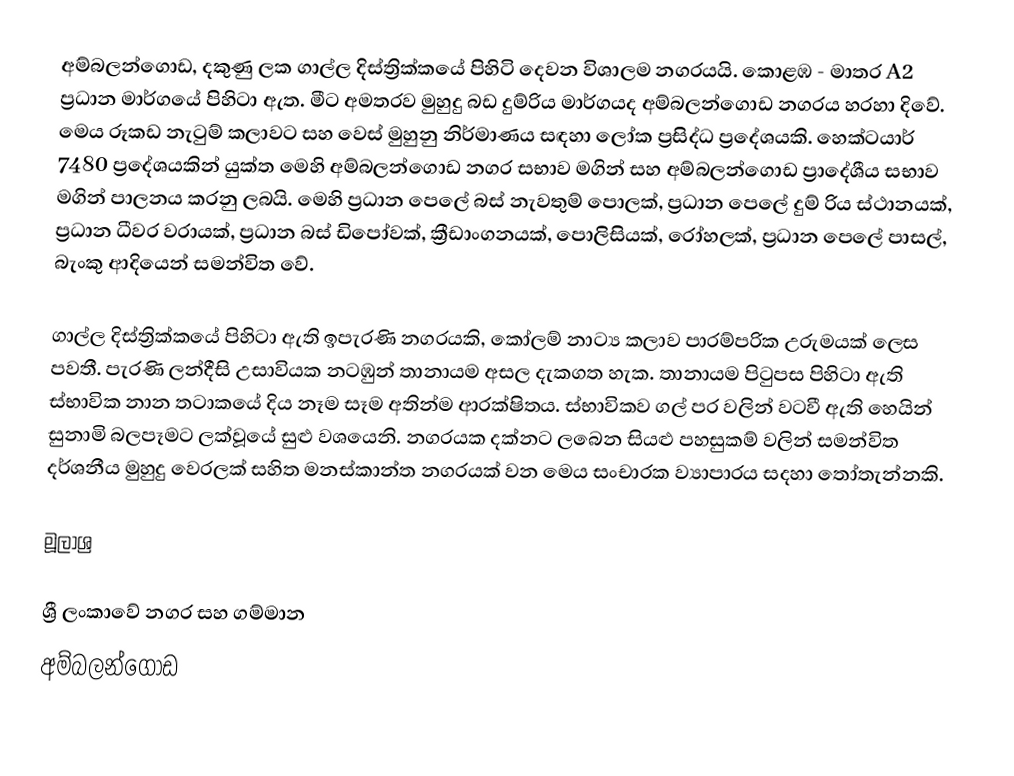
අම්බලන්ගොඩ,  දකුණු ලක ගාල්ල දිස්ත්‍රික්කයේ පිහිටි දෙවන විශාලම නගරයයි. කොළඹ - මාතර A2 ප්‍රධාන මාර්ගයේ පිහිටා ඇත. මීට අමතරව මුහුදු බඩ දුම්රිය මාර්ගයද අම්බලන්ගොඩ නගරය හරහා දිවේ. මෙය රූකඩ නැටුම් කලාවට සහ වෙස් මුහුනු නිර්මාණය සඳහා ලෝක ප්‍රසිද්ධ ප්‍රදේශයකි. හෙක්ටයාර්  7480 ප්‍රදේශයකින් යුක්ත මෙහි අම්බලන්ගොඩ නගර සභාව මගින් සහ අම්බලන්ගොඩ ප්‍රාදේශීය සභාව මගින් පාලනය කරනු ලබයි. මෙහි ප්‍රධාන පෙලේ බස් නැවතුම් පොලක්, ප්‍රධාන පෙලේ දුම් රිය ස්ථානයක්, ප්‍රධාන ධීවර වරායක්, ප්‍රධාන බස් ඩිපෝවක්, ක්‍රීඩාංගනයක්, පොලිසියක්, රෝහලක්, ප්‍රධාන පෙලේ පාසල්, බැංකු ආදියෙන් සමන්විත වේ.

ගාල්ල දිස්ත්‍රික්කයේ පිහිටා ඇති ඉපැරණි නගරයකි, කෝලම් නාට්‍ය කලාව පාරම්පරික උරුමයක් ලෙස පවතී. පැරණි ලන්දීසි උසාවියක නටඹුන් තානායම අසල දැකගත හැක. තානායම පිටුපස පිහිටා ඇති ස්භාවික නාන තටාකයේ දිය නෑම සෑම අතින්ම ආරක්ෂිතය. ස්භාවිකව ගල් පර වලින් වටවී ඇති හෙයින් සුනාමි බලපෑමට ලක්වූයේ සුළු වශයෙනි. නගරයක දක්නට ලබෙන සියළු පහසුකම් වලින් සමන්විත දර්ශනීය මුහුදු වෙරලක් සහිත මනස්කාන්ත නගරයක් වන මෙය සංචාරක ව්‍යාපාරය සදහා තෝතැන්නකි.

මූලාශ්‍ර

ශ්‍රී ලංකාවේ නගර සහ ගම්මාන
අම්බලන්ගොඩ